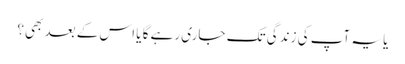
یا یہ آپ کی زندگی تک جاری رہے گا یا اس کے بعد بھی؟